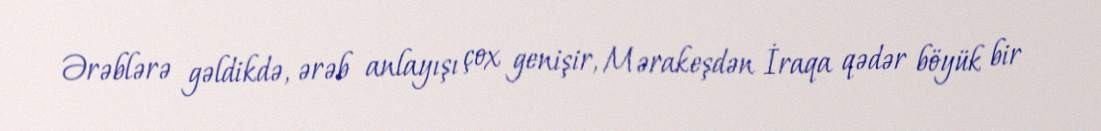
Ərəblərə gəldikdə, ərəb anlayışı çox genişir, Mərakeşdən İraqa qədər böyük bir